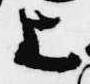
上